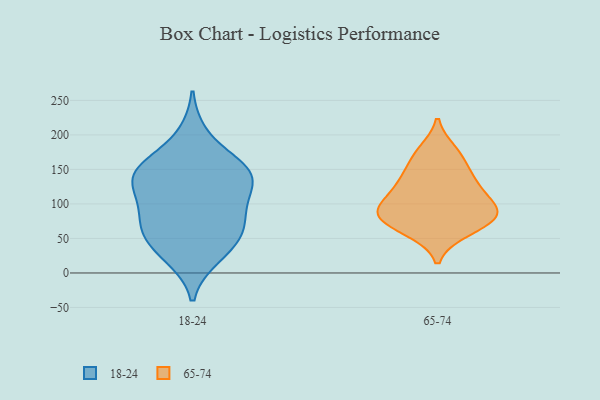
{"axis": {"x": "Page Views", "y": "Value"}, "legend": ["18-24", "65-74"], "data": [{"x": "", "y": 92, "type": "18-24"}, {"x": "", "y": 200, "type": "18-24"}, {"x": "", "y": 23, "type": "18-24"}, {"x": "", "y": 67, "type": "18-24"}, {"x": "", "y": 152, "type": "18-24"}, {"x": "", "y": 138, "type": "18-24"}, {"x": "", "y": 111, "type": "18-24"}, {"x": "", "y": 28, "type": "18-24"}, {"x": "", "y": 103, "type": "18-24"}, {"x": "", "y": 63, "type": "18-24"}, {"x": "", "y": 144, "type": "18-24"}, {"x": "", "y": 64, "type": "18-24"}, {"x": "", "y": 50, "type": "18-24"}, {"x": "", "y": 151, "type": "18-24"}, {"x": "", "y": 152, "type": "18-24"}, {"x": "", "y": 136, "type": "18-24"}, {"x": "", "y": 60, "type": "65-74"}, {"x": "", "y": 135, "type": "65-74"}, {"x": "", "y": 151, "type": "65-74"}, {"x": "", "y": 88, "type": "65-74"}, {"x": "", "y": 87, "type": "65-74"}, {"x": "", "y": 62, "type": "65-74"}, {"x": "", "y": 95, "type": "65-74"}, {"x": "", "y": 130, "type": "65-74"}, {"x": "", "y": 109, "type": "65-74"}, {"x": "", "y": 82, "type": "65-74"}, {"x": "", "y": 80, "type": "65-74"}, {"x": "", "y": 172, "type": "65-74"}, {"x": "", "y": 121, "type": "65-74"}, {"x": "", "y": 177, "type": "65-74"}, {"x": "", "y": 84, "type": "65-74"}]}